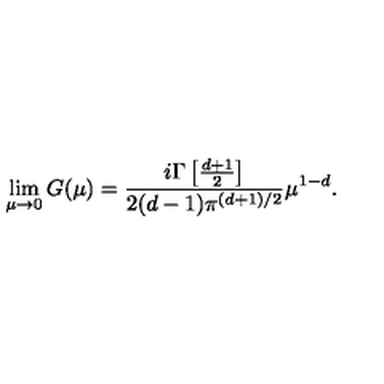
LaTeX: \lim _ { \mu \to 0 } G ( \mu ) = \frac { i \Gamma \left[ \frac { d + 1 } { 2 } \right] } { 2 ( d - 1 ) \pi ^ { ( d + 1 ) / 2 } } \mu ^ { 1 - d } .